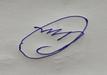
Signature authenticity: forged